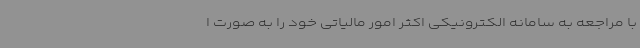
با مراجعه به سامانه الکترونیکی اکثر امور مالیاتی خود را به صورت ا